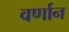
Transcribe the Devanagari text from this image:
वर्णान